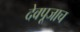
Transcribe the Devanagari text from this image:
देवपूजाच